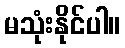
မသုံးနိုင်ပါ။